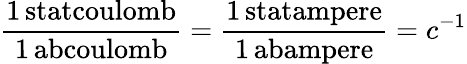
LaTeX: \mathrm{\frac{1\, statcoulomb}{1\, abcoulomb}}=\mathrm{\frac{1\, statampere}{1\, abampere}}=c^{-1}